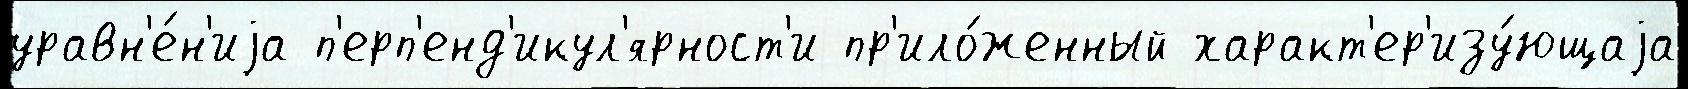
уравн'е́н'иjа п'ерп'енд'икул'ярност'и пр'ило́женный характ'ер'изу́ющаjа